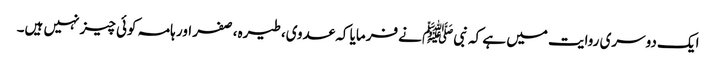
ایک دوسری روایت میں ہے کہ نبیﷺ نے فرمایا کہ عدوی، طیرہ، صفر اور ہامہ کوئی چیز نہیں ہیں۔